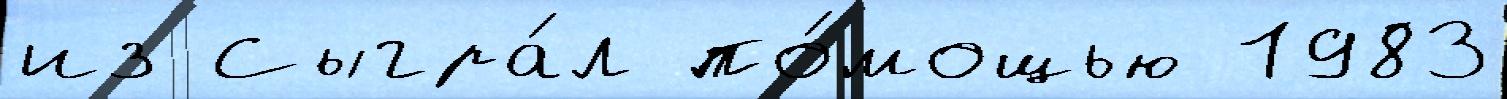
из Сыгра́л по́мощью 1983